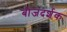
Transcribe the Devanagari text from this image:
बीजदर्शक